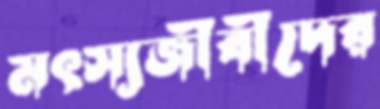
মৎস্যজীবীদের